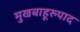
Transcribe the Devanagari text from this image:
मुखबाहूरुपाद